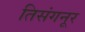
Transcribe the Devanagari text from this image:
तिसंगनूर